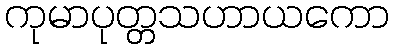
ကုမာပုတ္တသဟာယကော